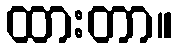
ထားတာ။